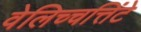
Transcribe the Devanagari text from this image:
वेलिच्चत्तिंटे